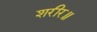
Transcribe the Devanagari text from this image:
शरीर॥